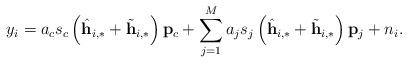
LaTeX: \begin{align*} y_i=a_c s_c\left(\hat{\mathbf{h}}_{i,*}+\tilde{\mathbf{h}}_{i,*}\right)\mathbf{p}_c+\sum_{j=1}^{M}a_j s_j \left(\hat{\mathbf{h}}_{i,*}+\tilde{\mathbf{h}}_{i,*}\right)\mathbf{p}_j+ n_i.\end{align*}